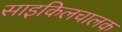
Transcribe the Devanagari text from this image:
साइकिलचालक